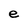
Character: e